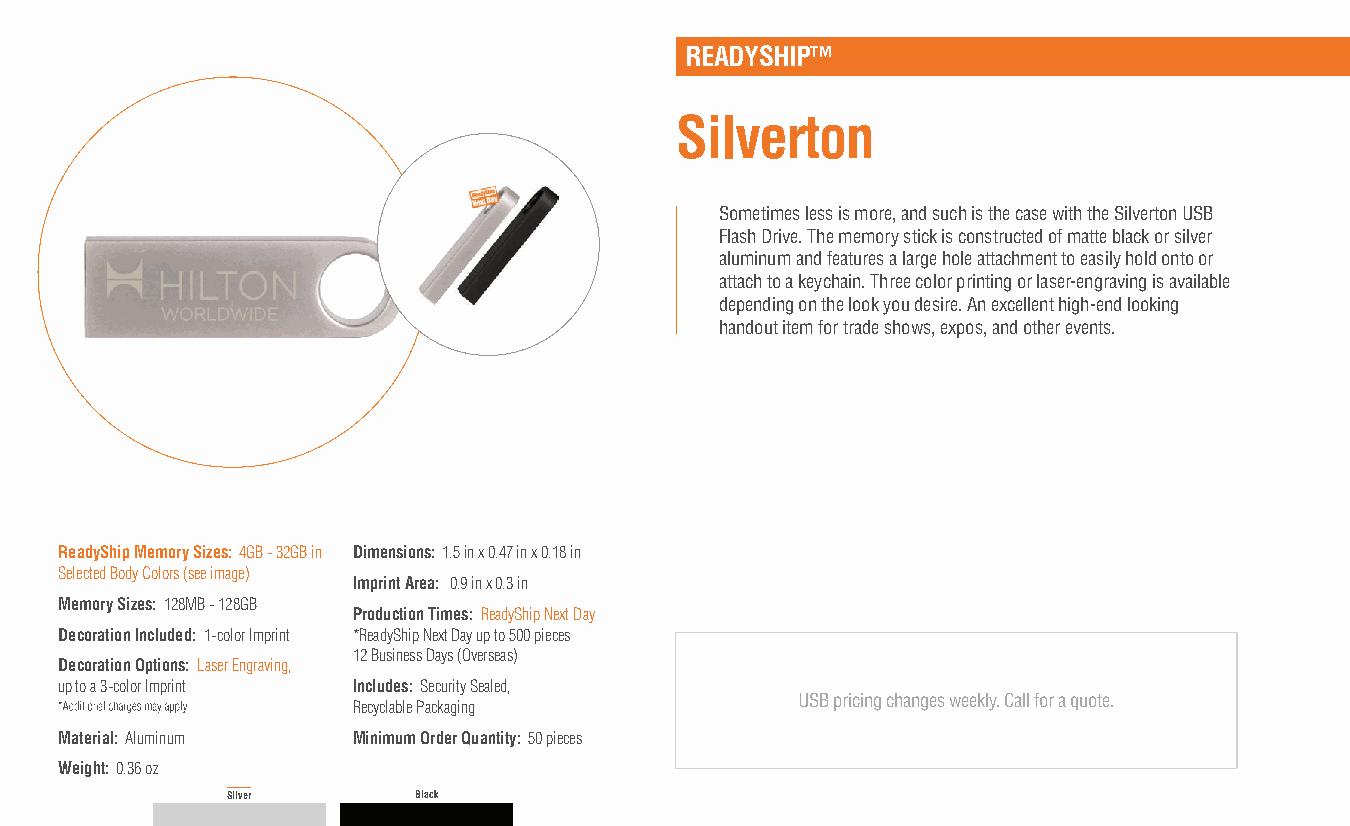
READYSHIP™
 Silverton
 Sometimes less is more, and such is the case with the Silverton USB
 Flash Drive. The memory stick is constructed of matte black or silver
 aluminum and features a large hole attachment to easily hold onto or
 attach to a keychain. Three color printing or laser-engraving is available
 depending on the look you desire. An excellent high-end looking
 handout item for trade shows, expos, and other events.
 ReadyShip Memory Sizes: 4GB - 32GB in Dimensions: 1.5 in x 0.47 in x 0.18 in
 Selected Body Colors (see image)
 Imprint Area: 0.9 in x 0.3 in
 Memory Sizes: 128MB - 128GB
 Production Times: ReadyShip Next Day
 Decoration Included: 1-color Imprint *ReadyShip Next Day up to 500 pieces
 12 Business Days (Overseas)
 Decoration Options: Laser Engraving,
 up to a 3-color Imprint Includes: Security Sealed,
 USB pricing changes weekly. Call for a quote.
 Recyclable Packaging
 Material: Aluminum Minimum Order Quantity: 50 pieces
 Weight: 0.36 oz
 Silver      Black